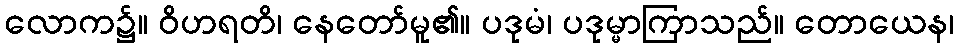
လောက၌။ ဝိဟရတိ၊ နေတော်မူ၏။ ပဒုမံ၊ ပဒုမ္မာကြာသည်။ တောယေန၊